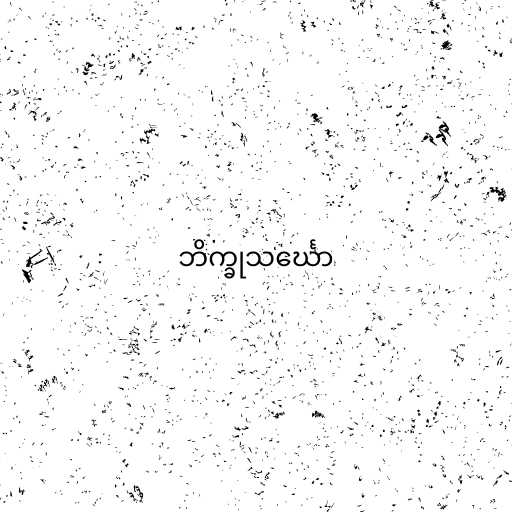
ဘိက္ခုသင်္ဃော